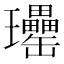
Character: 𤫥